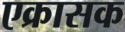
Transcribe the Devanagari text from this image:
एक्रासक